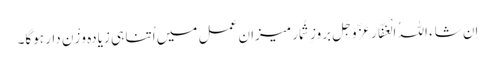
اِن شاءَ اللہُ الْغفَّار عَزَّوَجَل بروزِ شُمار میزانِ عمل میں اُتنا ہی زیادہ وَزْن دار ہوگا۔